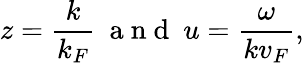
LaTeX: z=\frac{k}{k_{F}}\ \mathrm{~a~n~d~}\ u=\frac{\omega}{kv_{F}},